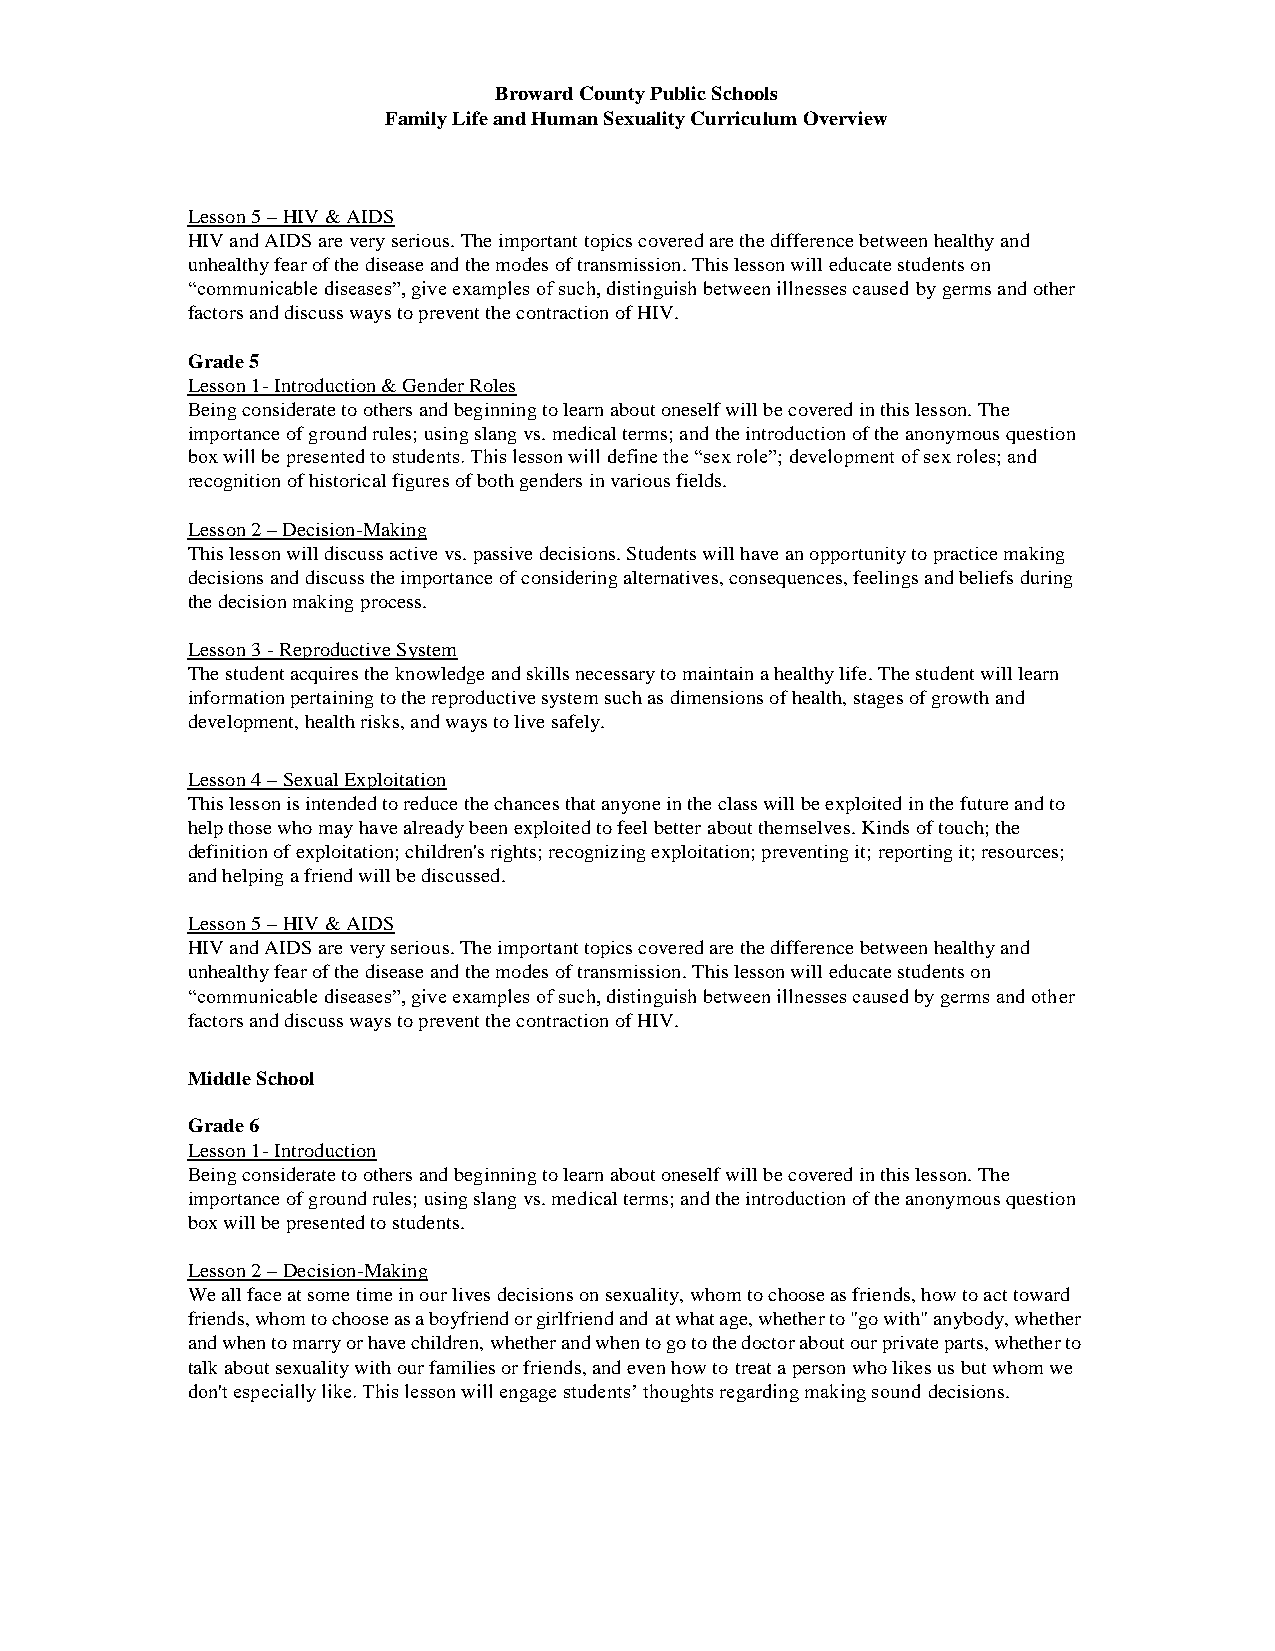
Broward County Public Schools
 Family Life and Human Sexuality Curriculum Overview
 Lesson 5 – HIV & AIDS
 HIV and AIDS are very serious. The important topics covered are the difference between healthy and
 unhealthy fear of the disease and the modes of transmission. This lesson will educate students on
 “communicable diseases”, give examples of such, distinguish between illnesses caused by germs and other
 factors and discuss ways to prevent the contraction of HIV.
 Grade 5
 Lesson 1- Introduction & Gender Roles
 Being considerate to others and beginning to learn about oneself will be covered in this lesson. The
 importance of ground rules; using slang vs. medical terms; and the introduction of the anonymous question
 box will be presented to students. This lesson will define the “sex role”; development of sex roles; and
 recognition of historical figures of both genders in various fields.
 Lesson 2 – Decision-Making
 This lesson will discuss active vs. passive decisions. Students will have an opportunity to practice making
 decisions and discuss the importance of considering alternatives, consequences, feelings and beliefs during
 the decision making process.
 Lesson 3 - Reproductive System
 The student acquires the knowledge and skills necessary to maintain a healthy life. The student will learn
 information pertaining to the reproductive system such as dimensions of health, stages of growth and
 development, health risks, and ways to live safely.
 Lesson 4 – Sexual Exploitation
 This lesson is intended to reduce the chances that anyone in the class will be exploited in the future and to
 help those who may have already been exploited to feel better about themselves. Kinds of touch; the
 definition of exploitation; children's rights; recognizing exploitation; preventing it; reporting it; resources;
 and helping a friend will be discussed.
 Lesson 5 – HIV & AIDS
 HIV and AIDS are very serious. The important topics covered are the difference between healthy and
 unhealthy fear of the disease and the modes of transmission. This lesson will educate students on
 “communicable diseases”, give examples of such, distinguish between illnesses caused by germs and other
 factors and discuss ways to prevent the contraction of HIV.
 Middle School
 Grade 6
 Lesson 1- Introduction
 Being considerate to others and beginning to learn about oneself will be covered in this lesson. The
 importance of ground rules; using slang vs. medical terms; and the introduction of the anonymous question
 box will be presented to students.
 Lesson 2 – Decision-Making
 We all face at some time in our lives decisions on sexuality, whom to choose as friends, how to act toward
 friends, whom to choose as a boyfriend or girlfriend and at what age, whether to "go with" anybody, whether
 and when to marry or have children, whether and when to go to the doctor about our private parts, whether to
 talk about sexuality with our families or friends, and even how to treat a person who likes us but whom we
 don't especially like. This lesson will engage students’ thoughts regarding making sound decisions.